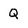
Character: Q